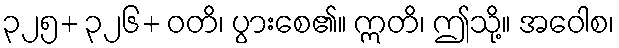
၃၂၅+ ၃၂၆+ ဝတိ၊ ပွားစေ၏။ ဣတိ၊ ဤသို့။ အဝေါစ၊